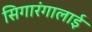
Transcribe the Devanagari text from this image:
सिगारंगालाई